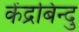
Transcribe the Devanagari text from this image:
केंद्रबिन्दु